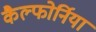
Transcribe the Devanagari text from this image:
कैल्फोर्निया